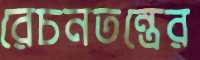
রেচনতন্ত্রের